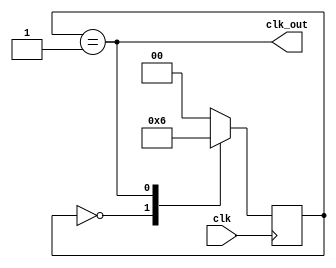
module clk_div_by_3(
    input clk,        // Input clock
    output clk_out   // Output divided clock
);

    reg [1:0] state;

    always @(posedge clk) begin
        case(state)
            2'b00: state <= 2'b01; 		// Transition to next state
            2'b01: state <= 2'b10; 		// Transition to next state
            2'b10: state <= 2'b00; 		// Transition to next state
            default: state <= 2'b00; 	// Default case
        endcase
    end

    assign clk_out = (state == 2'b01); // Output divided clock when in state 2'b01

endmodule